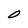
Character: O